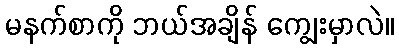
မနက်စာကို ဘယ်အချိန် ကျွေးမှာလဲ။